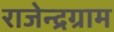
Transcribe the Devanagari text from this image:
राजेन्द्रग्राम